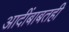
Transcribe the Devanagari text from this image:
आदींबाबतही